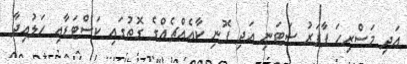
އަދި މަސްރިހަ ޕާޕަރު ސަޓަނި އަދި ފޮނި ކާއެއްޗެއްގެ ގޮތުގައި ކަސްޓަޑާއި ހަލުއިދާ